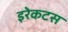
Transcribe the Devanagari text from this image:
इरेकटस